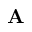
\mathbf { A }